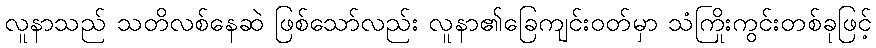
လူနာသည် သတိလစ်နေဆဲ ဖြစ်သော်လည်း လူနာ၏ခြေကျင်းဝတ်မှာ သံကြိုးကွင်းတစ်ခုဖြင့်